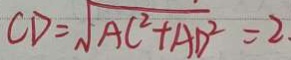
C D = \sqrt { A C ^ { 2 } + A D ^ { 2 } } = 2 .